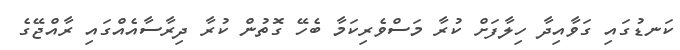
ކަނޑުގައި ގަވާއިދާ ހިލާފަށް ކުރާ މަސްވެރިކަމާ ބެހޭ ގޮތުން ކުރާ ދިރާސާއެއްގައި ރާއްޖޭގެ